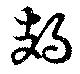
鳷